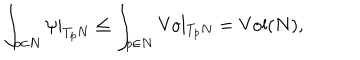
LaTeX: \int _ { p \in N } \psi | _ { T _ { p } N } \leq \int _ { p \in N } \mathrm { V o l } _ { T _ { p } N } = \mathrm { V o l } ( N ) ,